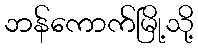
ဘန်ကောက်မြို့သို့